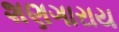
શણગારાય